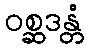
ဝစ္ဆဒန္တံ